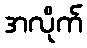
အလိုက်